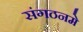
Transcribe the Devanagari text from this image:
संगठनमे